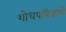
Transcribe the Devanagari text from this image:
शोधपत्रिकांचे